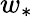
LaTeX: w_{*}